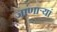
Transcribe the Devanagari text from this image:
जाणाऱ्यां